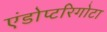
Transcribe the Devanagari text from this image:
एंडोप्टरिगोटा